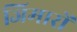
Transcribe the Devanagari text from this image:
जिमारों